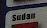
sudan